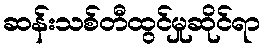
ဆန်းသစ်တီထွင်မှုဆိုင်ရာ